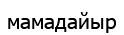
мамадайыр